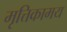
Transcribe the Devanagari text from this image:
मृत्तिकामय